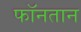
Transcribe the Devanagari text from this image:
फॉनतान